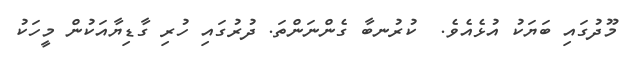
މޫދުގައި ބަޔަކު އުޅެއެވެ.  ކުރުނބާ ގެންނަންތަ. ދުރުގައި ހުރި ގާޑިޔާއަކުން މީހަކު